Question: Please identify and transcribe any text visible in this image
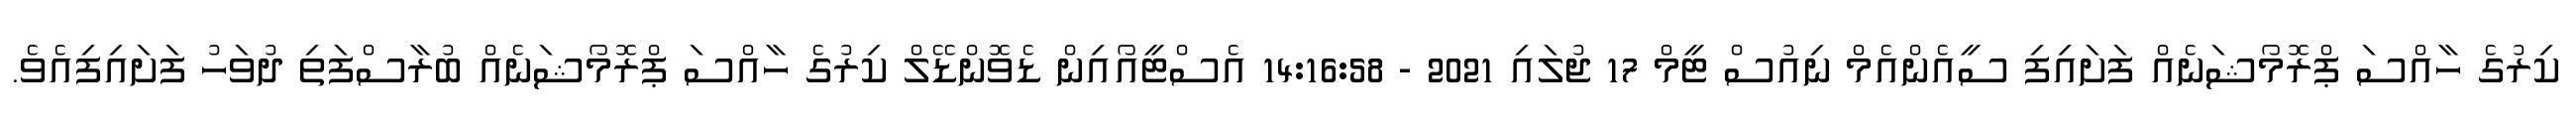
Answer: ކިރުގެ ހާއްސަ ޕްރޮމޯޝަނެއް ފަށައިފި ސީއެންއެމް ނިއުސް ޓީމް 17 ޖުލައި 2021 - 14:16:58 އެސްޓީއޯއިން ޑެވޮންޑޭލް ކިރުގެ ހާއްސަ ޕްރޮމޯޝަނެއް ބުރާސްފަތި ދުވަހު ފަށައިފިއެވެ.